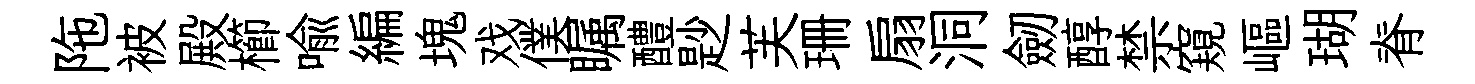
陁被殿櫛喩編塊戏僕瞩醴尟芙珊扇洞劒醇禁窺嶇瑚脊